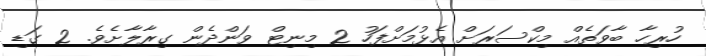
ހުރިހާ ބާވަތެއް މިކްސަރަށް އެޅުމަށްފަހު 2 މިނިޓް ވަންދެން ގިރާލާށެވެ. 2 ގަޑި